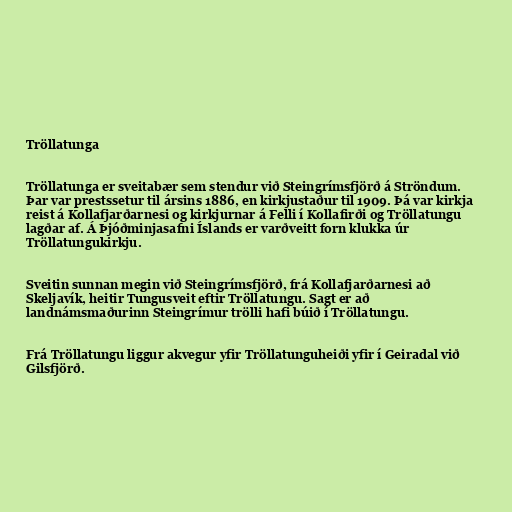
Tröllatunga

Tröllatunga er sveitabær sem stendur við Steingrímsfjörð á Ströndum.
Þar var prestssetur til ársins 1886, en kirkjustaður til 1909. Þá var kirkja
reist á Kollafjarðarnesi og kirkjurnar á Felli í Kollafirði og Tröllatungu
lagðar af. Á Þjóðminjasafni Íslands er varðveitt forn klukka úr
Tröllatungukirkju.

Sveitin sunnan megin við Steingrímsfjörð, frá Kollafjarðarnesi að
Skeljavík, heitir Tungusveit eftir Tröllatungu. Sagt er að
landnámsmaðurinn Steingrímur trölli hafi búið í Tröllatungu.

Frá Tröllatungu liggur akvegur yfir Tröllatunguheiði yfir í Geiradal við
Gilsfjörð.